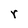
Character: r